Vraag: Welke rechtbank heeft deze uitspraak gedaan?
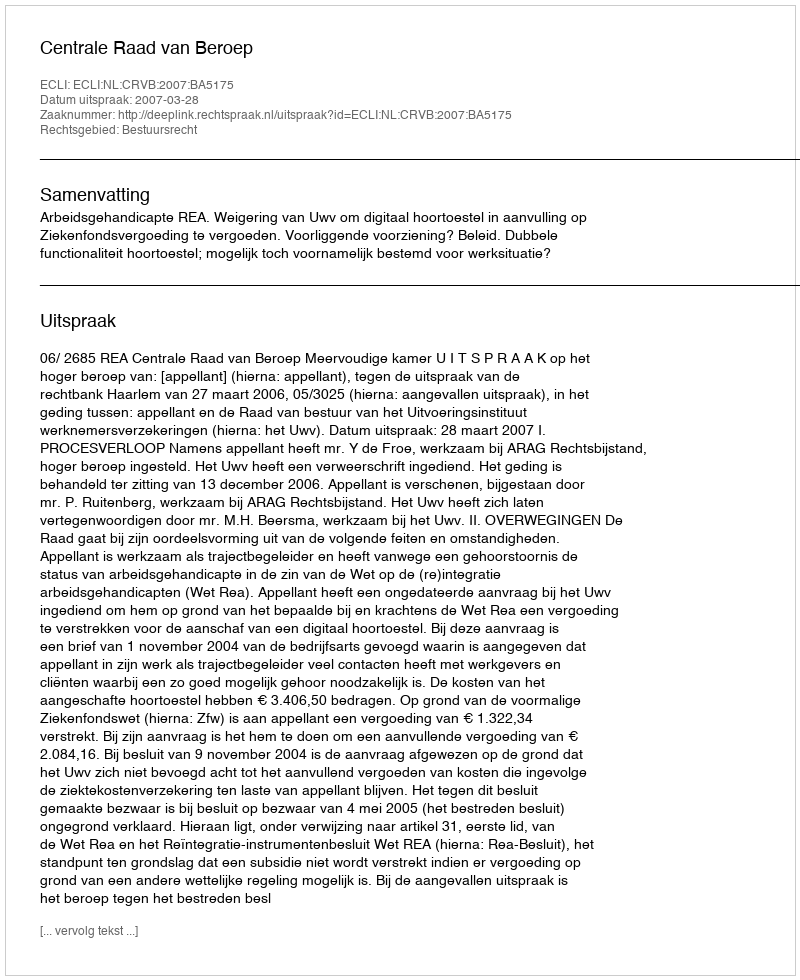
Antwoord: Centrale Raad van Beroep